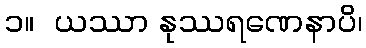
၁။  ယဿာ နုဿရဏေနာပိ၊